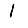
Digit: 1